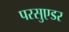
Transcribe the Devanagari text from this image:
परसुएडर